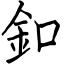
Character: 釦